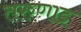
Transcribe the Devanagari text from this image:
तरुणाइ